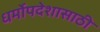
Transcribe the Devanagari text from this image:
धर्मोपदेशासाठी